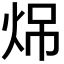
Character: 𪸧